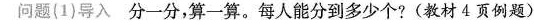
问题(1)导入分一分，算一算。每人能分到多少个?(教材4页例题)